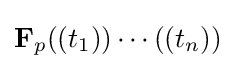
\mathbf {F} _{p}((t_{1}))\cdots ((t_{n}))